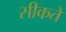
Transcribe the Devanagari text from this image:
सीकते